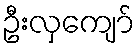
ဦးလှကျော်